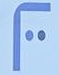
F